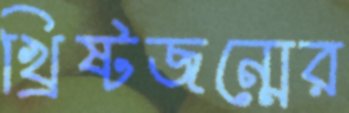
খ্রিষ্টজন্মের